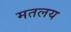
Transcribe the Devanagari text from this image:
मतलय